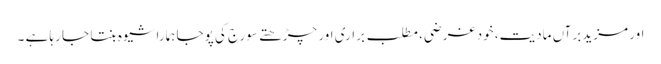
اور مزید برآں مادیت، خود غرضی، مطلب براری اور چڑھتے سورج کی پوجا ہمارا شیوہ بنتا جا رہا ہے ۔